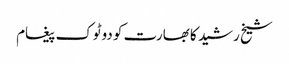
شیخ رشید کا بھارت کو دوٹوک پیغام